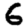
Digit: 6